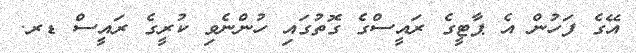
އޭގެ ފަހުން އެ ޕާޓީގެ ރައީސްގެ ގޮތުގައި ހުންނެވި ކުރީގެ ރައީސް ޑރ.